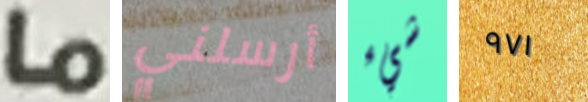
ما أرسلني شيء ٩٧١